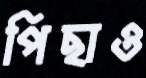
পিছাও